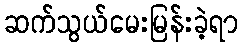
ဆက်သွယ်မေးမြန်းခဲ့ရာ